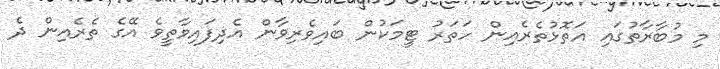
މި މުބާރާތުގައި އަތޮޅުތެރެއިން ހަތަރު ޓީމަކުން ބައިވެރިވާން އެދިފައިވާތީވެ އޭގެ ތެރެއިން ދެ